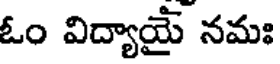
ఓం విద్యాయై నమః